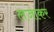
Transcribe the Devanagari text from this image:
लजाकर